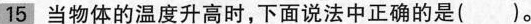
15 当物体的温度升高时，下面说法中正确的是()。